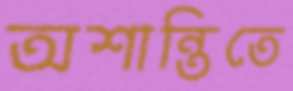
অশান্তিতে